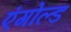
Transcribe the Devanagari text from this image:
एंगोल्ड